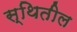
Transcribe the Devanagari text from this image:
स्थितील